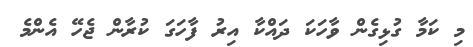
މި ކަމާ ގުޅިގެން ވާހަކަ ދައްކާ އިރު ފާހަގަ ކުރާން ޖެހޭ އެންމެ